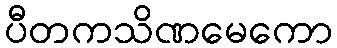
ပီတကသိဏမေကော